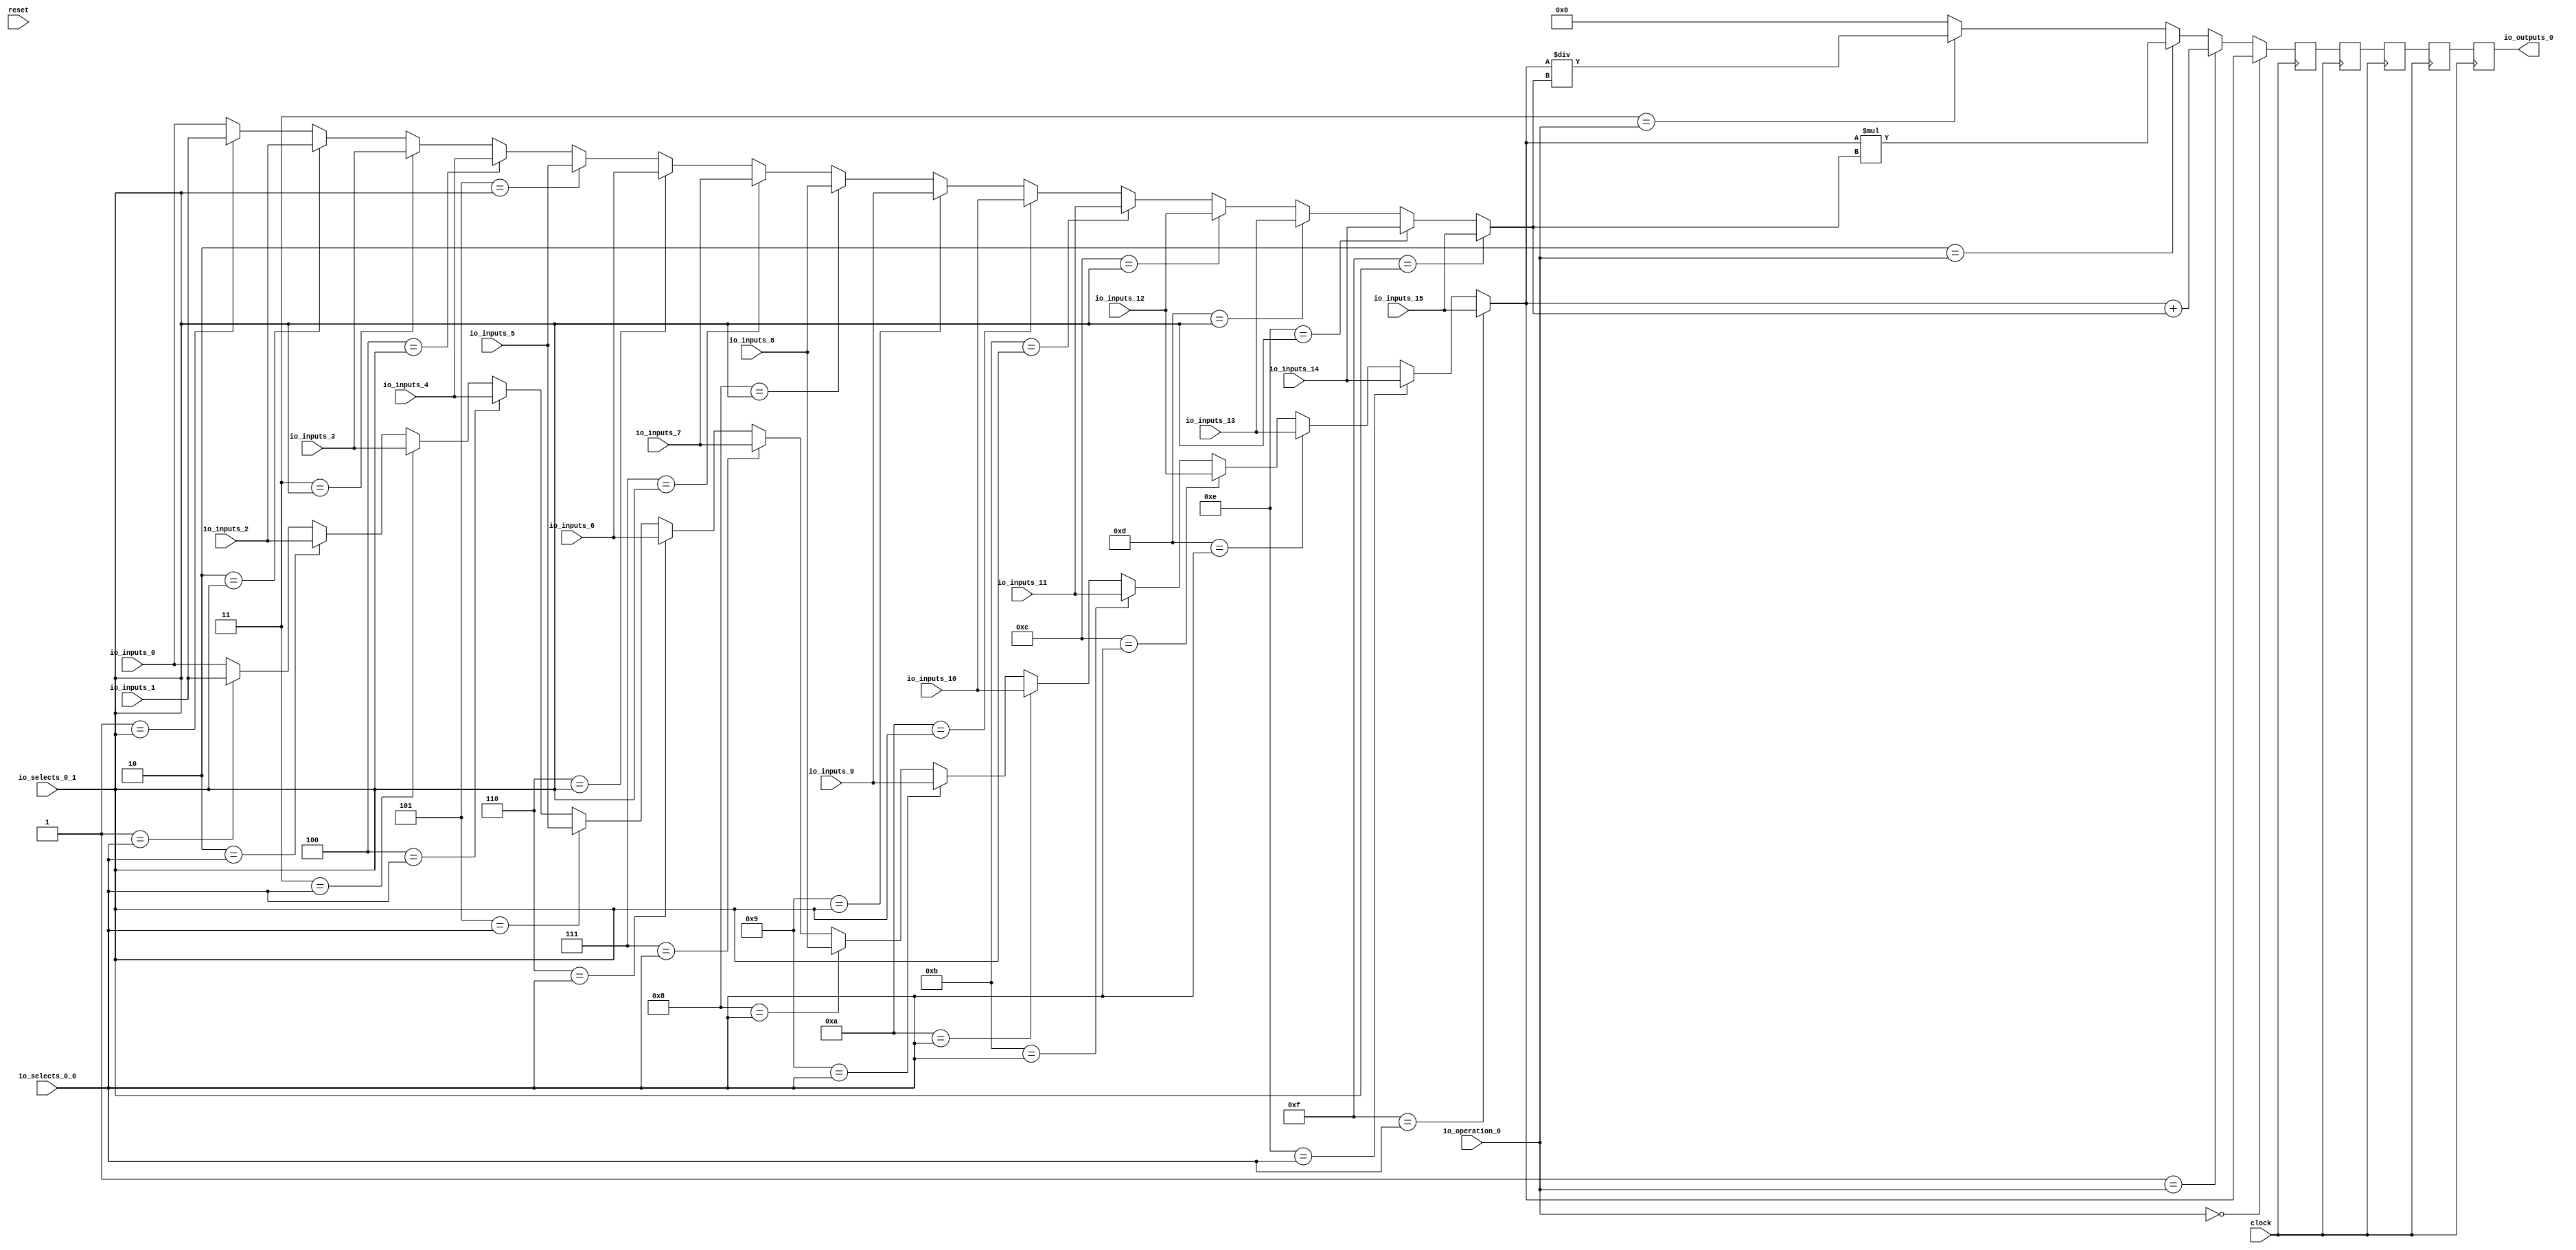
module MuxTest_width_64_inputs_16_outputs_1_pipeline_5( // @[:@3.2]
  input         clock, // @[:@4.4]
  input         reset, // @[:@5.4]
  input  [3:0]  io_selects_0_0, // @[:@6.4]
  input  [3:0]  io_selects_0_1, // @[:@6.4]
  input  [2:0]  io_operation_0, // @[:@6.4]
  input  [63:0] io_inputs_0, // @[:@6.4]
  input  [63:0] io_inputs_1, // @[:@6.4]
  input  [63:0] io_inputs_2, // @[:@6.4]
  input  [63:0] io_inputs_3, // @[:@6.4]
  input  [63:0] io_inputs_4, // @[:@6.4]
  input  [63:0] io_inputs_5, // @[:@6.4]
  input  [63:0] io_inputs_6, // @[:@6.4]
  input  [63:0] io_inputs_7, // @[:@6.4]
  input  [63:0] io_inputs_8, // @[:@6.4]
  input  [63:0] io_inputs_9, // @[:@6.4]
  input  [63:0] io_inputs_10, // @[:@6.4]
  input  [63:0] io_inputs_11, // @[:@6.4]
  input  [63:0] io_inputs_12, // @[:@6.4]
  input  [63:0] io_inputs_13, // @[:@6.4]
  input  [63:0] io_inputs_14, // @[:@6.4]
  input  [63:0] io_inputs_15, // @[:@6.4]
  output [63:0] io_outputs_0 // @[:@6.4]
);
  wire [63:0] _GEN_1; // @[MuxTest_width_64_inputs_16_outputs_1_pipeline_5s.scala 32:53:@8.4]
  wire [63:0] _GEN_2; // @[MuxTest_width_64_inputs_16_outputs_1_pipeline_5s.scala 32:53:@8.4]
  wire [63:0] _GEN_3; // @[MuxTest_width_64_inputs_16_outputs_1_pipeline_5s.scala 32:53:@8.4]
  wire [63:0] _GEN_4; // @[MuxTest_width_64_inputs_16_outputs_1_pipeline_5s.scala 32:53:@8.4]
  wire [63:0] _GEN_5; // @[MuxTest_width_64_inputs_16_outputs_1_pipeline_5s.scala 32:53:@8.4]
  wire [63:0] _GEN_6; // @[MuxTest_width_64_inputs_16_outputs_1_pipeline_5s.scala 32:53:@8.4]
  wire [63:0] _GEN_7; // @[MuxTest_width_64_inputs_16_outputs_1_pipeline_5s.scala 32:53:@8.4]
  wire [63:0] _GEN_8; // @[MuxTest_width_64_inputs_16_outputs_1_pipeline_5s.scala 32:53:@8.4]
  wire [63:0] _GEN_9; // @[MuxTest_width_64_inputs_16_outputs_1_pipeline_5s.scala 32:53:@8.4]
  wire [63:0] _GEN_10; // @[MuxTest_width_64_inputs_16_outputs_1_pipeline_5s.scala 32:53:@8.4]
  wire [63:0] _GEN_11; // @[MuxTest_width_64_inputs_16_outputs_1_pipeline_5s.scala 32:53:@8.4]
  wire [63:0] _GEN_12; // @[MuxTest_width_64_inputs_16_outputs_1_pipeline_5s.scala 32:53:@8.4]
  wire [63:0] _GEN_13; // @[MuxTest_width_64_inputs_16_outputs_1_pipeline_5s.scala 32:53:@8.4]
  wire [63:0] _GEN_14; // @[MuxTest_width_64_inputs_16_outputs_1_pipeline_5s.scala 32:53:@8.4]
  wire [63:0] _GEN_15; // @[MuxTest_width_64_inputs_16_outputs_1_pipeline_5s.scala 32:53:@8.4]
  wire [63:0] _GEN_17; // @[MuxTest_width_64_inputs_16_outputs_1_pipeline_5s.scala 32:53:@8.4]
  wire [63:0] _GEN_18; // @[MuxTest_width_64_inputs_16_outputs_1_pipeline_5s.scala 32:53:@8.4]
  wire [63:0] _GEN_19; // @[MuxTest_width_64_inputs_16_outputs_1_pipeline_5s.scala 32:53:@8.4]
  wire [63:0] _GEN_20; // @[MuxTest_width_64_inputs_16_outputs_1_pipeline_5s.scala 32:53:@8.4]
  wire [63:0] _GEN_21; // @[MuxTest_width_64_inputs_16_outputs_1_pipeline_5s.scala 32:53:@8.4]
  wire [63:0] _GEN_22; // @[MuxTest_width_64_inputs_16_outputs_1_pipeline_5s.scala 32:53:@8.4]
  wire [63:0] _GEN_23; // @[MuxTest_width_64_inputs_16_outputs_1_pipeline_5s.scala 32:53:@8.4]
  wire [63:0] _GEN_24; // @[MuxTest_width_64_inputs_16_outputs_1_pipeline_5s.scala 32:53:@8.4]
  wire [63:0] _GEN_25; // @[MuxTest_width_64_inputs_16_outputs_1_pipeline_5s.scala 32:53:@8.4]
  wire [63:0] _GEN_26; // @[MuxTest_width_64_inputs_16_outputs_1_pipeline_5s.scala 32:53:@8.4]
  wire [63:0] _GEN_27; // @[MuxTest_width_64_inputs_16_outputs_1_pipeline_5s.scala 32:53:@8.4]
  wire [63:0] _GEN_28; // @[MuxTest_width_64_inputs_16_outputs_1_pipeline_5s.scala 32:53:@8.4]
  wire [63:0] _GEN_29; // @[MuxTest_width_64_inputs_16_outputs_1_pipeline_5s.scala 32:53:@8.4]
  wire [63:0] _GEN_30; // @[MuxTest_width_64_inputs_16_outputs_1_pipeline_5s.scala 32:53:@8.4]
  wire [63:0] _GEN_31; // @[MuxTest_width_64_inputs_16_outputs_1_pipeline_5s.scala 32:53:@8.4]
  wire [64:0] _T_152; // @[MuxTest_width_64_inputs_16_outputs_1_pipeline_5s.scala 32:53:@8.4]
  wire [63:0] _T_153; // @[MuxTest_width_64_inputs_16_outputs_1_pipeline_5s.scala 32:53:@9.4]
  wire [127:0] _T_155; // @[MuxTest_width_64_inputs_16_outputs_1_pipeline_5s.scala 33:58:@10.4]
  wire [63:0] _T_157; // @[MuxTest_width_64_inputs_16_outputs_1_pipeline_5s.scala 34:56:@11.4]
  wire  _T_158; // @[Mux.scala 46:19:@12.4]
  wire [63:0] _T_159; // @[Mux.scala 46:16:@13.4]
  wire  _T_160; // @[Mux.scala 46:19:@14.4]
  wire [127:0] _T_161; // @[Mux.scala 46:16:@15.4]
  wire  _T_162; // @[Mux.scala 46:19:@16.4]
  wire [127:0] _T_163; // @[Mux.scala 46:16:@17.4]
  wire  _T_164; // @[Mux.scala 46:19:@18.4]
  reg [127:0] _T_168; // @[Reg.scala 11:16:@20.4]
  reg [127:0] _RAND_0;
  reg [127:0] _T_170; // @[Reg.scala 11:16:@24.4]
  reg [127:0] _RAND_1;
  reg [127:0] _T_172; // @[Reg.scala 11:16:@28.4]
  reg [127:0] _RAND_2;
  reg [127:0] _T_174; // @[Reg.scala 11:16:@32.4]
  reg [127:0] _RAND_3;
  reg [127:0] _T_176; // @[Reg.scala 11:16:@36.4]
  reg [127:0] _RAND_4;
  assign _GEN_1 = 4'h1 == io_selects_0_0 ? io_inputs_1 : io_inputs_0; // @[MuxTest_width_64_inputs_16_outputs_1_pipeline_5s.scala 32:53:@8.4]
  assign _GEN_2 = 4'h2 == io_selects_0_0 ? io_inputs_2 : _GEN_1; // @[MuxTest_width_64_inputs_16_outputs_1_pipeline_5s.scala 32:53:@8.4]
  assign _GEN_3 = 4'h3 == io_selects_0_0 ? io_inputs_3 : _GEN_2; // @[MuxTest_width_64_inputs_16_outputs_1_pipeline_5s.scala 32:53:@8.4]
  assign _GEN_4 = 4'h4 == io_selects_0_0 ? io_inputs_4 : _GEN_3; // @[MuxTest_width_64_inputs_16_outputs_1_pipeline_5s.scala 32:53:@8.4]
  assign _GEN_5 = 4'h5 == io_selects_0_0 ? io_inputs_5 : _GEN_4; // @[MuxTest_width_64_inputs_16_outputs_1_pipeline_5s.scala 32:53:@8.4]
  assign _GEN_6 = 4'h6 == io_selects_0_0 ? io_inputs_6 : _GEN_5; // @[MuxTest_width_64_inputs_16_outputs_1_pipeline_5s.scala 32:53:@8.4]
  assign _GEN_7 = 4'h7 == io_selects_0_0 ? io_inputs_7 : _GEN_6; // @[MuxTest_width_64_inputs_16_outputs_1_pipeline_5s.scala 32:53:@8.4]
  assign _GEN_8 = 4'h8 == io_selects_0_0 ? io_inputs_8 : _GEN_7; // @[MuxTest_width_64_inputs_16_outputs_1_pipeline_5s.scala 32:53:@8.4]
  assign _GEN_9 = 4'h9 == io_selects_0_0 ? io_inputs_9 : _GEN_8; // @[MuxTest_width_64_inputs_16_outputs_1_pipeline_5s.scala 32:53:@8.4]
  assign _GEN_10 = 4'ha == io_selects_0_0 ? io_inputs_10 : _GEN_9; // @[MuxTest_width_64_inputs_16_outputs_1_pipeline_5s.scala 32:53:@8.4]
  assign _GEN_11 = 4'hb == io_selects_0_0 ? io_inputs_11 : _GEN_10; // @[MuxTest_width_64_inputs_16_outputs_1_pipeline_5s.scala 32:53:@8.4]
  assign _GEN_12 = 4'hc == io_selects_0_0 ? io_inputs_12 : _GEN_11; // @[MuxTest_width_64_inputs_16_outputs_1_pipeline_5s.scala 32:53:@8.4]
  assign _GEN_13 = 4'hd == io_selects_0_0 ? io_inputs_13 : _GEN_12; // @[MuxTest_width_64_inputs_16_outputs_1_pipeline_5s.scala 32:53:@8.4]
  assign _GEN_14 = 4'he == io_selects_0_0 ? io_inputs_14 : _GEN_13; // @[MuxTest_width_64_inputs_16_outputs_1_pipeline_5s.scala 32:53:@8.4]
  assign _GEN_15 = 4'hf == io_selects_0_0 ? io_inputs_15 : _GEN_14; // @[MuxTest_width_64_inputs_16_outputs_1_pipeline_5s.scala 32:53:@8.4]
  assign _GEN_17 = 4'h1 == io_selects_0_1 ? io_inputs_1 : io_inputs_0; // @[MuxTest_width_64_inputs_16_outputs_1_pipeline_5s.scala 32:53:@8.4]
  assign _GEN_18 = 4'h2 == io_selects_0_1 ? io_inputs_2 : _GEN_17; // @[MuxTest_width_64_inputs_16_outputs_1_pipeline_5s.scala 32:53:@8.4]
  assign _GEN_19 = 4'h3 == io_selects_0_1 ? io_inputs_3 : _GEN_18; // @[MuxTest_width_64_inputs_16_outputs_1_pipeline_5s.scala 32:53:@8.4]
  assign _GEN_20 = 4'h4 == io_selects_0_1 ? io_inputs_4 : _GEN_19; // @[MuxTest_width_64_inputs_16_outputs_1_pipeline_5s.scala 32:53:@8.4]
  assign _GEN_21 = 4'h5 == io_selects_0_1 ? io_inputs_5 : _GEN_20; // @[MuxTest_width_64_inputs_16_outputs_1_pipeline_5s.scala 32:53:@8.4]
  assign _GEN_22 = 4'h6 == io_selects_0_1 ? io_inputs_6 : _GEN_21; // @[MuxTest_width_64_inputs_16_outputs_1_pipeline_5s.scala 32:53:@8.4]
  assign _GEN_23 = 4'h7 == io_selects_0_1 ? io_inputs_7 : _GEN_22; // @[MuxTest_width_64_inputs_16_outputs_1_pipeline_5s.scala 32:53:@8.4]
  assign _GEN_24 = 4'h8 == io_selects_0_1 ? io_inputs_8 : _GEN_23; // @[MuxTest_width_64_inputs_16_outputs_1_pipeline_5s.scala 32:53:@8.4]
  assign _GEN_25 = 4'h9 == io_selects_0_1 ? io_inputs_9 : _GEN_24; // @[MuxTest_width_64_inputs_16_outputs_1_pipeline_5s.scala 32:53:@8.4]
  assign _GEN_26 = 4'ha == io_selects_0_1 ? io_inputs_10 : _GEN_25; // @[MuxTest_width_64_inputs_16_outputs_1_pipeline_5s.scala 32:53:@8.4]
  assign _GEN_27 = 4'hb == io_selects_0_1 ? io_inputs_11 : _GEN_26; // @[MuxTest_width_64_inputs_16_outputs_1_pipeline_5s.scala 32:53:@8.4]
  assign _GEN_28 = 4'hc == io_selects_0_1 ? io_inputs_12 : _GEN_27; // @[MuxTest_width_64_inputs_16_outputs_1_pipeline_5s.scala 32:53:@8.4]
  assign _GEN_29 = 4'hd == io_selects_0_1 ? io_inputs_13 : _GEN_28; // @[MuxTest_width_64_inputs_16_outputs_1_pipeline_5s.scala 32:53:@8.4]
  assign _GEN_30 = 4'he == io_selects_0_1 ? io_inputs_14 : _GEN_29; // @[MuxTest_width_64_inputs_16_outputs_1_pipeline_5s.scala 32:53:@8.4]
  assign _GEN_31 = 4'hf == io_selects_0_1 ? io_inputs_15 : _GEN_30; // @[MuxTest_width_64_inputs_16_outputs_1_pipeline_5s.scala 32:53:@8.4]
  assign _T_152 = _GEN_15 + _GEN_31; // @[MuxTest_width_64_inputs_16_outputs_1_pipeline_5s.scala 32:53:@8.4]
  assign _T_153 = _GEN_15 + _GEN_31; // @[MuxTest_width_64_inputs_16_outputs_1_pipeline_5s.scala 32:53:@9.4]
  assign _T_155 = _GEN_15 * _GEN_31; // @[MuxTest_width_64_inputs_16_outputs_1_pipeline_5s.scala 33:58:@10.4]
  assign _T_157 = _GEN_15 / _GEN_31; // @[MuxTest_width_64_inputs_16_outputs_1_pipeline_5s.scala 34:56:@11.4]
  assign _T_158 = 3'h3 == io_operation_0; // @[Mux.scala 46:19:@12.4]
  assign _T_159 = _T_158 ? _T_157 : 64'h0; // @[Mux.scala 46:16:@13.4]
  assign _T_160 = 3'h2 == io_operation_0; // @[Mux.scala 46:19:@14.4]
  assign _T_161 = _T_160 ? _T_155 : {{64'd0}, _T_159}; // @[Mux.scala 46:16:@15.4]
  assign _T_162 = 3'h1 == io_operation_0; // @[Mux.scala 46:19:@16.4]
  assign _T_163 = _T_162 ? {{64'd0}, _T_153} : _T_161; // @[Mux.scala 46:16:@17.4]
  assign _T_164 = 3'h0 == io_operation_0; // @[Mux.scala 46:19:@18.4]
  assign io_outputs_0 = _T_176[63:0]; // @[MuxTest_width_64_inputs_16_outputs_1_pipeline_5s.scala 23:14:@40.4]
`ifdef RANDOMIZE_GARBAGE_ASSIGN
`define RANDOMIZE
`endif
`ifdef RANDOMIZE_INVALID_ASSIGN
`define RANDOMIZE
`endif
`ifdef RANDOMIZE_REG_INIT
`define RANDOMIZE
`endif
`ifdef RANDOMIZE_MEM_INIT
`define RANDOMIZE
`endif
`ifndef RANDOM
`define RANDOM $random
`endif
`ifdef RANDOMIZE
  integer initvar;
  initial begin
    `ifdef INIT_RANDOM
      `INIT_RANDOM
    `endif
    `ifndef VERILATOR
      #0.002 begin end
    `endif
  `ifdef RANDOMIZE_REG_INIT
  _RAND_0 = {4{`RANDOM}};
  _T_168 = _RAND_0[127:0];
  `endif // RANDOMIZE_REG_INIT
  `ifdef RANDOMIZE_REG_INIT
  _RAND_1 = {4{`RANDOM}};
  _T_170 = _RAND_1[127:0];
  `endif // RANDOMIZE_REG_INIT
  `ifdef RANDOMIZE_REG_INIT
  _RAND_2 = {4{`RANDOM}};
  _T_172 = _RAND_2[127:0];
  `endif // RANDOMIZE_REG_INIT
  `ifdef RANDOMIZE_REG_INIT
  _RAND_3 = {4{`RANDOM}};
  _T_174 = _RAND_3[127:0];
  `endif // RANDOMIZE_REG_INIT
  `ifdef RANDOMIZE_REG_INIT
  _RAND_4 = {4{`RANDOM}};
  _T_176 = _RAND_4[127:0];
  `endif // RANDOMIZE_REG_INIT
  end
`endif // RANDOMIZE
  always @(posedge clock) begin
    if (_T_164) begin
      _T_168 <= {{64'd0}, _GEN_15};
    end else begin
      _T_168 <= _T_163;
    end
    _T_170 <= _T_168;
    _T_172 <= _T_170;
    _T_174 <= _T_172;
    _T_176 <= _T_174;
  end
endmodule